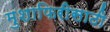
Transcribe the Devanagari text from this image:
मुशाफिरीसाठी